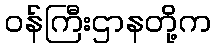
ဝန်ကြီးဌာနတို့က